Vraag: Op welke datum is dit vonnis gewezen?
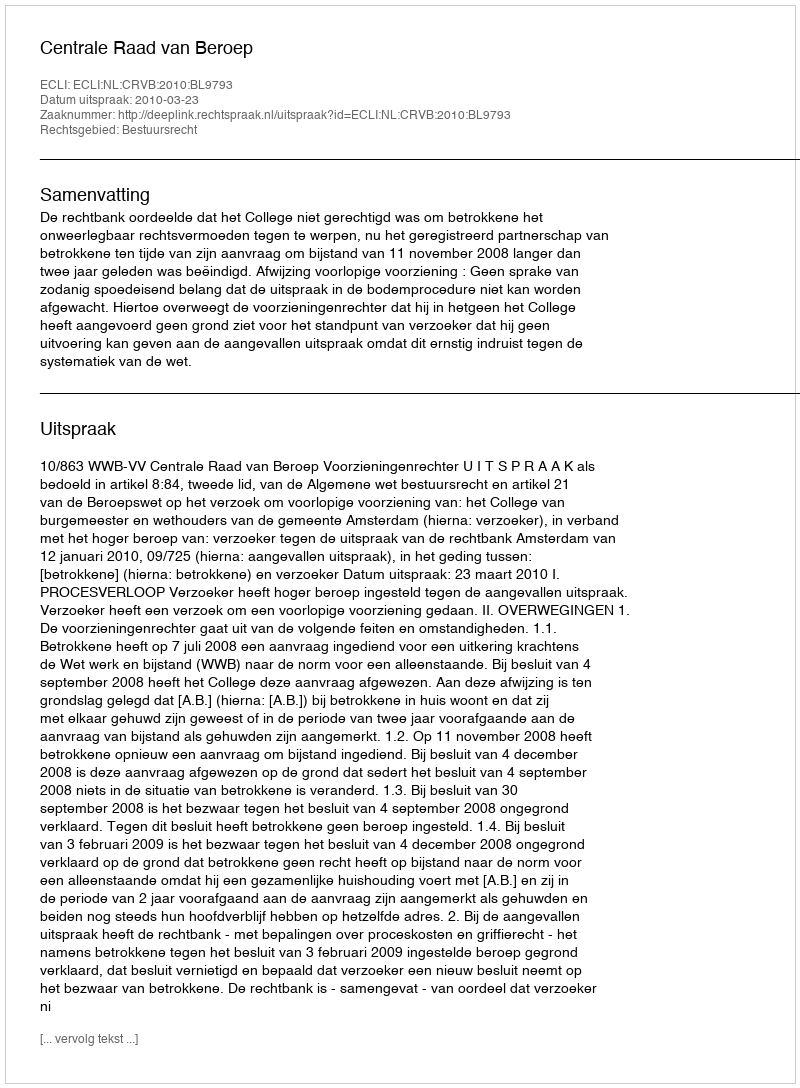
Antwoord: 2010-03-23